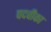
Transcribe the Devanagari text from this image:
पदवीका